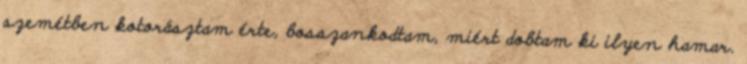
szemétben kotorásztam érte, bosszankodtam, miért dobtam ki ilyen hamar.